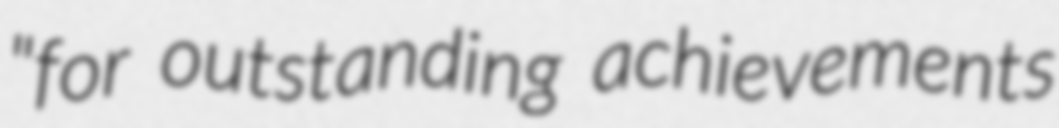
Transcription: "for outstanding achievements